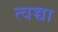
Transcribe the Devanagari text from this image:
त्वच्चा